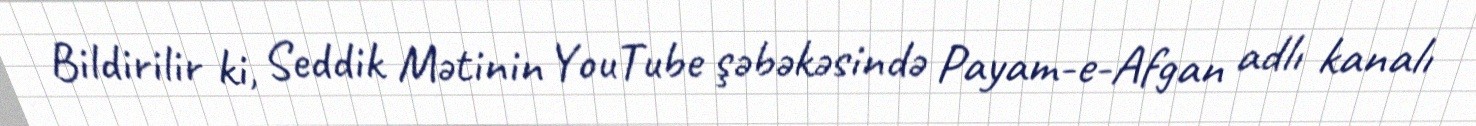
Bildirilir ki, Seddik Mətinin YouTube şəbəkəsində Payam-e-Afgan adlı kanalı